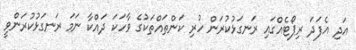
އަދި އެފަދަ ރިޕޯޓެއްގައި ރަނގަޅުކުރަން ހުރި ކަންތައްތަކުގެ ވާހަކަ ދައްކާ ނަމަ ރަނގަޅުކުރަންވީ